Treatise on elephants
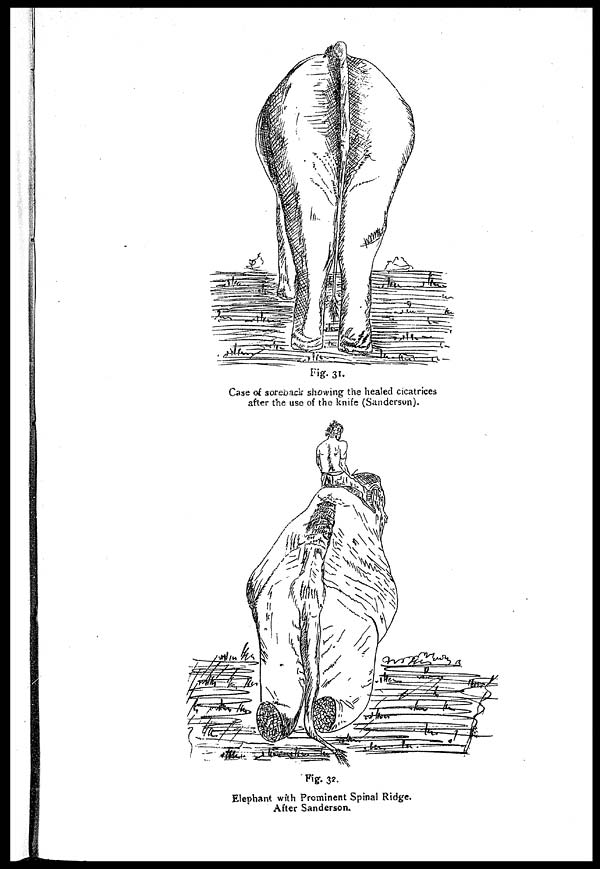
Fig. 31.
Case of soreback showing the healed cicatrices
after the use of the knife (Sanderson).
Fig. 32.
Elephant with Prominent Spinal Ridge.
After Sanderson.